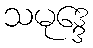
သမုဒ္ဒေ